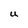
Character: U